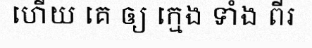
ហើយ គេ ឲ្យ ក្មេង ទាំង ពីរ